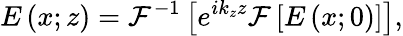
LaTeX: E\left(x;z\right)=\mathcal{F}^{-1}\left[e^{ik_{z}z}\mathcal{F}\left[E\left(x;0\right)\right]\right],